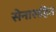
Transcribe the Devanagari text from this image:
सेनासहित